Civil Veterinary Department Bihar & Orissa reports 1911-21 - 1911-1921
Year: 1911
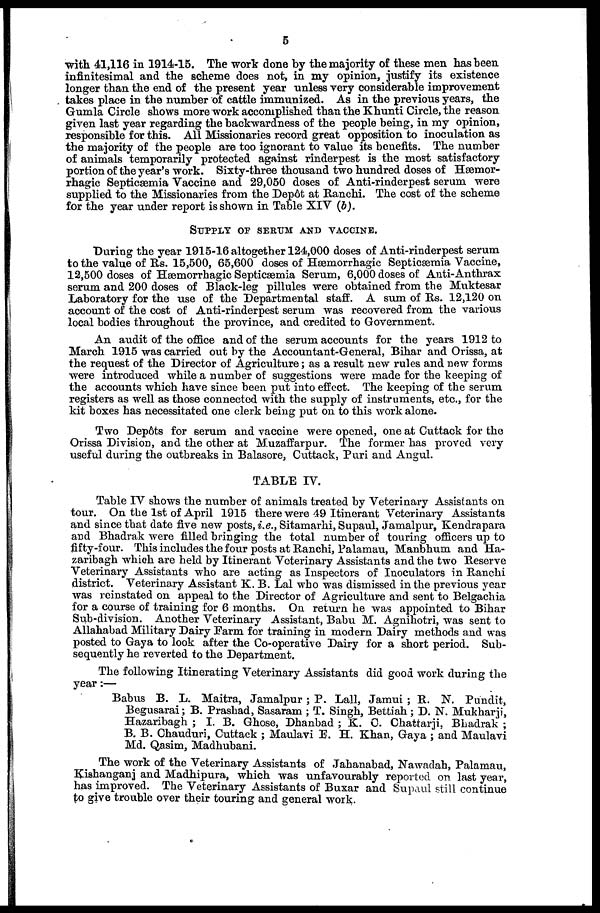
5
with 41,116 in 1914-15. The work done by the majority of these men has been
infinitesimal and the scheme does not, in my opinion, justify its existence
longer than the end of the present year unless very considerable improvement
takes place in the number of cattle immunized. As in the previous years, the
Gumla Circle shows more work accomplished than the Khunti Circle, the reason
given last year regarding the backwardness of the people being, in my opinion,
responsible for this. All Missionaries record great opposition to inoculation as
the majority of the people are too ignorant to value its benefits. The number
of animals temporarily protected against rinderpest is the most satisfactory
portion of the year's work. Sixty-three thousand two hundred doses of Hæmor-
rhagic Septicæmia Vaccine and 29,050 doses of Anti-rinderpest serum were
supplied to the Missionaries from the Depôt at Ranchi. The cost of the scheme
for the year under report is shown in Table XIV (b).
SUPPLY OF SERUM AND VACCINE.
During the year 1915-16 altogether 124,000 doses of Anti-rinderpest serum
to the value of Rs. 15,500, 65,600 doses of Hæmorrhagic Septicæmia Vaccine,
12,500 doses of Hæmorrhagic Septicæmia Serum, 6,000 doses of Anti-Anthrax
serum and 200 doses of Black-leg pillules were obtained from the Muktesar
Laboratory for the use of the Departmental staff. A sum of Rs. 12,120 on
account of the cost of Anti-rinderpest serum was recovered from the various
local bodies throughout the province, and credited to Government.
An audit of the office and of the serum accounts for the years 1912 to
March 1915 was carried out by the Accountant-General, Bihar and Orissa, at
the request of the Director of Agriculture; as a result new rules and new forms
were introduced while a number of suggestions were made for the keeping of
the accounts which have since been put into effect. The keeping of the serum
registers as well as those connected with the supply of instruments, etc., for the
kit boxes has necessitated one clerk being put on to this work alone.
Two Dep6ts for serum and vaccine were opened, one at Cuttack for the
Orissa Division, and the other at Muzaffarpur. The former has proved very
useful during the outbreaks in Balasore, Cuttack, Puri and Angul.
TABLE IV.
Table IV shows the number of animals treated by Veterinary Assistants on
tour. On the 1st of April 1915 there were 49 Itinerant Veterinary Assistants
and since that date five new posts, i.e., Sitamarhi, Supaul, Jamalpur, Kendrapara
and Bhadrak were filled bringing the total number of touring officers up to
fifty-four. This includes the four posts at Ranchi, Palamau, Manbhum and Ha-
zaribagh which are held by Itinerant Veterinary Assistants and the two Reserve
Veterinary Assistants who are acting as Inspectors of Inoculators in Ranchi
district. Veterinary Assistant K. B. Lal who was dismissed in the previous year
was reinstated on appeal to the Director of Agriculture and sent to Belgachia
for a course of training for 6 months. On return he was appointed to Bihar
Sub-division. Another Veterinary Assistant, Babu M. Agnihotri, was sent to
Allahabad Military Dairy Farm for training in modern Dairy methods and was
posted to Gaya to look after the Co-operative Dairy for a short period. Sub-
sequently he reverted to the Department.
The following Itinerating Veterinary Assistants did good work during the
year :—
Babus B. L. Maitra, Jamalpur ; P. Lall, Jamui ; R. N. Pundit,
Begusarai; B. Prashad, Sasaram ; T. Singh, Bettiah; D. N. Mukharji,
Hazaribagh ; I. B. Ghose, Dhanbad ; K. C. Chattarji. Bhadrak ;
B. B. Chauduri, Cuttack ; Maulavi E. H. Khan, Gaya ; and Maulavi
Md. Qasim, Madhubani.
The work of the Veterinary Assistants of Jahanabad, Nawadah, Palamau,
Kishanganj and Madhipura, which was unfavourably reported on last year,
has improved. The Veterinary Assistants of Buxar and Supaul still continue
to give trouble over their touring and general work.